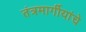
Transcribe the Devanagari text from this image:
तंत्रमार्गीयांचे